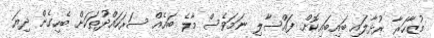
މުޒާހަރާ ރުޅާލައި ބައިބައިކޮށް ފައްސާލި ނަމަވެސް މާލެ ބައެއް ސަރަހައްދުތަކަށް ބެހިގެން ދިޔަ